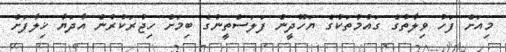
މިއަށް ފަހު ވިލާތުގެ ގައުމުތަކުގެ ޔަހޫދީން ފަލަސްތީނުގެ ބިމަށް ހިޖުރަކުރުން އާދަޔާ ޚިލާފަށް